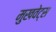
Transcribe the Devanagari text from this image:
मुखवेट्स